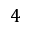
4